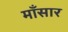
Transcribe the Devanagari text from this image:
माँसार